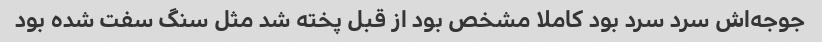
جوجه‌اش سرد سرد بود کاملا مشخص بود از قبل پخته شد مثل سنگ سفت شده بود